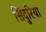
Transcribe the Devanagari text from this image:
सिंदुरिया